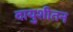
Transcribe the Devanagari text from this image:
वायुशीतन